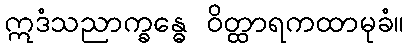
ဣဒံသညာက္ခန္ဓေ ဝိတ္ထာရကထာမုခံ။